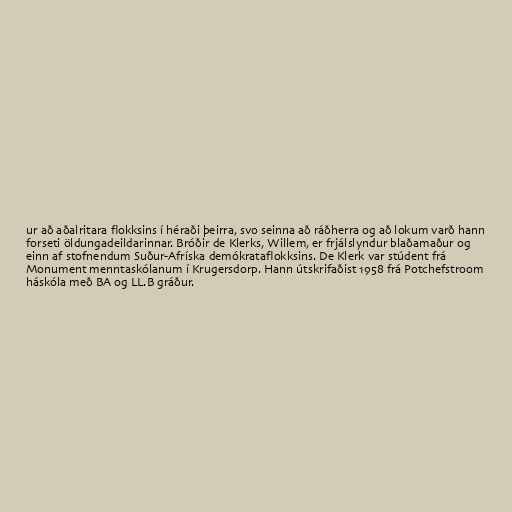
ur að aðalritara flokksins í héraði þeirra, svo seinna að ráðherra og að lokum varð hann
forseti öldungadeildarinnar. Bróðir de Klerks, Willem, er frjálslyndur blaðamaður og
einn af stofnendum Suður-Afríska demókrataflokksins. De Klerk var stúdent frá
Monument menntaskólanum í Krugersdorp. Hann útskrifaðist 1958 frá Potchefstroom
háskóla með BA og LL.B gráður.